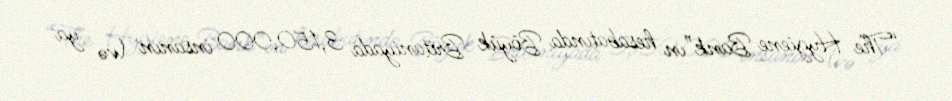
“The Hygiene Bank”ın hesabatında Böyük Britaniyada 3,150,000 insanın (və ya